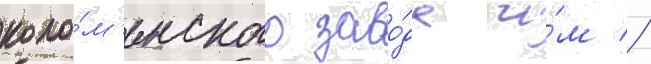
коло́м'енского заво́да и́м //